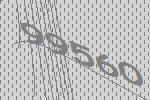
99560